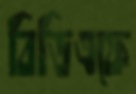
বিডিএফে